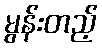
မွန်းတည့်